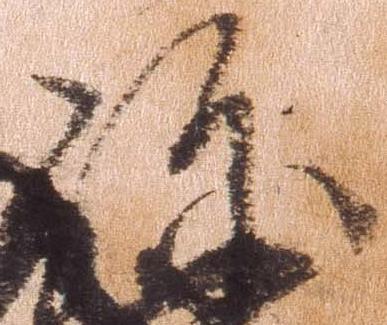
弥